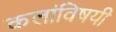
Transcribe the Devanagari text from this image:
कलांविषयी